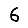
Digit: 6